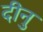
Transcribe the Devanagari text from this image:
दीनु